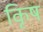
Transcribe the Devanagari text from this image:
कृिष